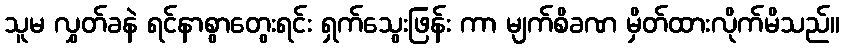
သူမ လွှတ်ခနဲ ရင်နာစွာတွေးရင်း ရှက်သွေးဖြန်း ကာ မျက်စိခဏ မှိတ်ထားလိုက်မိသည်။